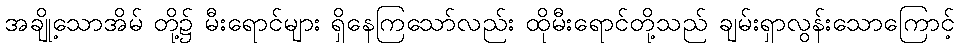
အချို့သောအိမ် တို့၌ မီးရောင်များ ရှိနေကြသော်လည်း ထိုမီးရောင်တို့သည် ချမ်းရှာလွန်းသောကြောင့်